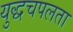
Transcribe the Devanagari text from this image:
युद्धचपलता